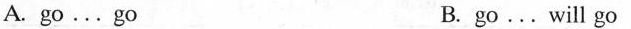
A. go...go B. go...will go